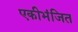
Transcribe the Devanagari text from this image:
एकीभंजित